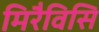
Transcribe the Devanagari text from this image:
मिरैविसि